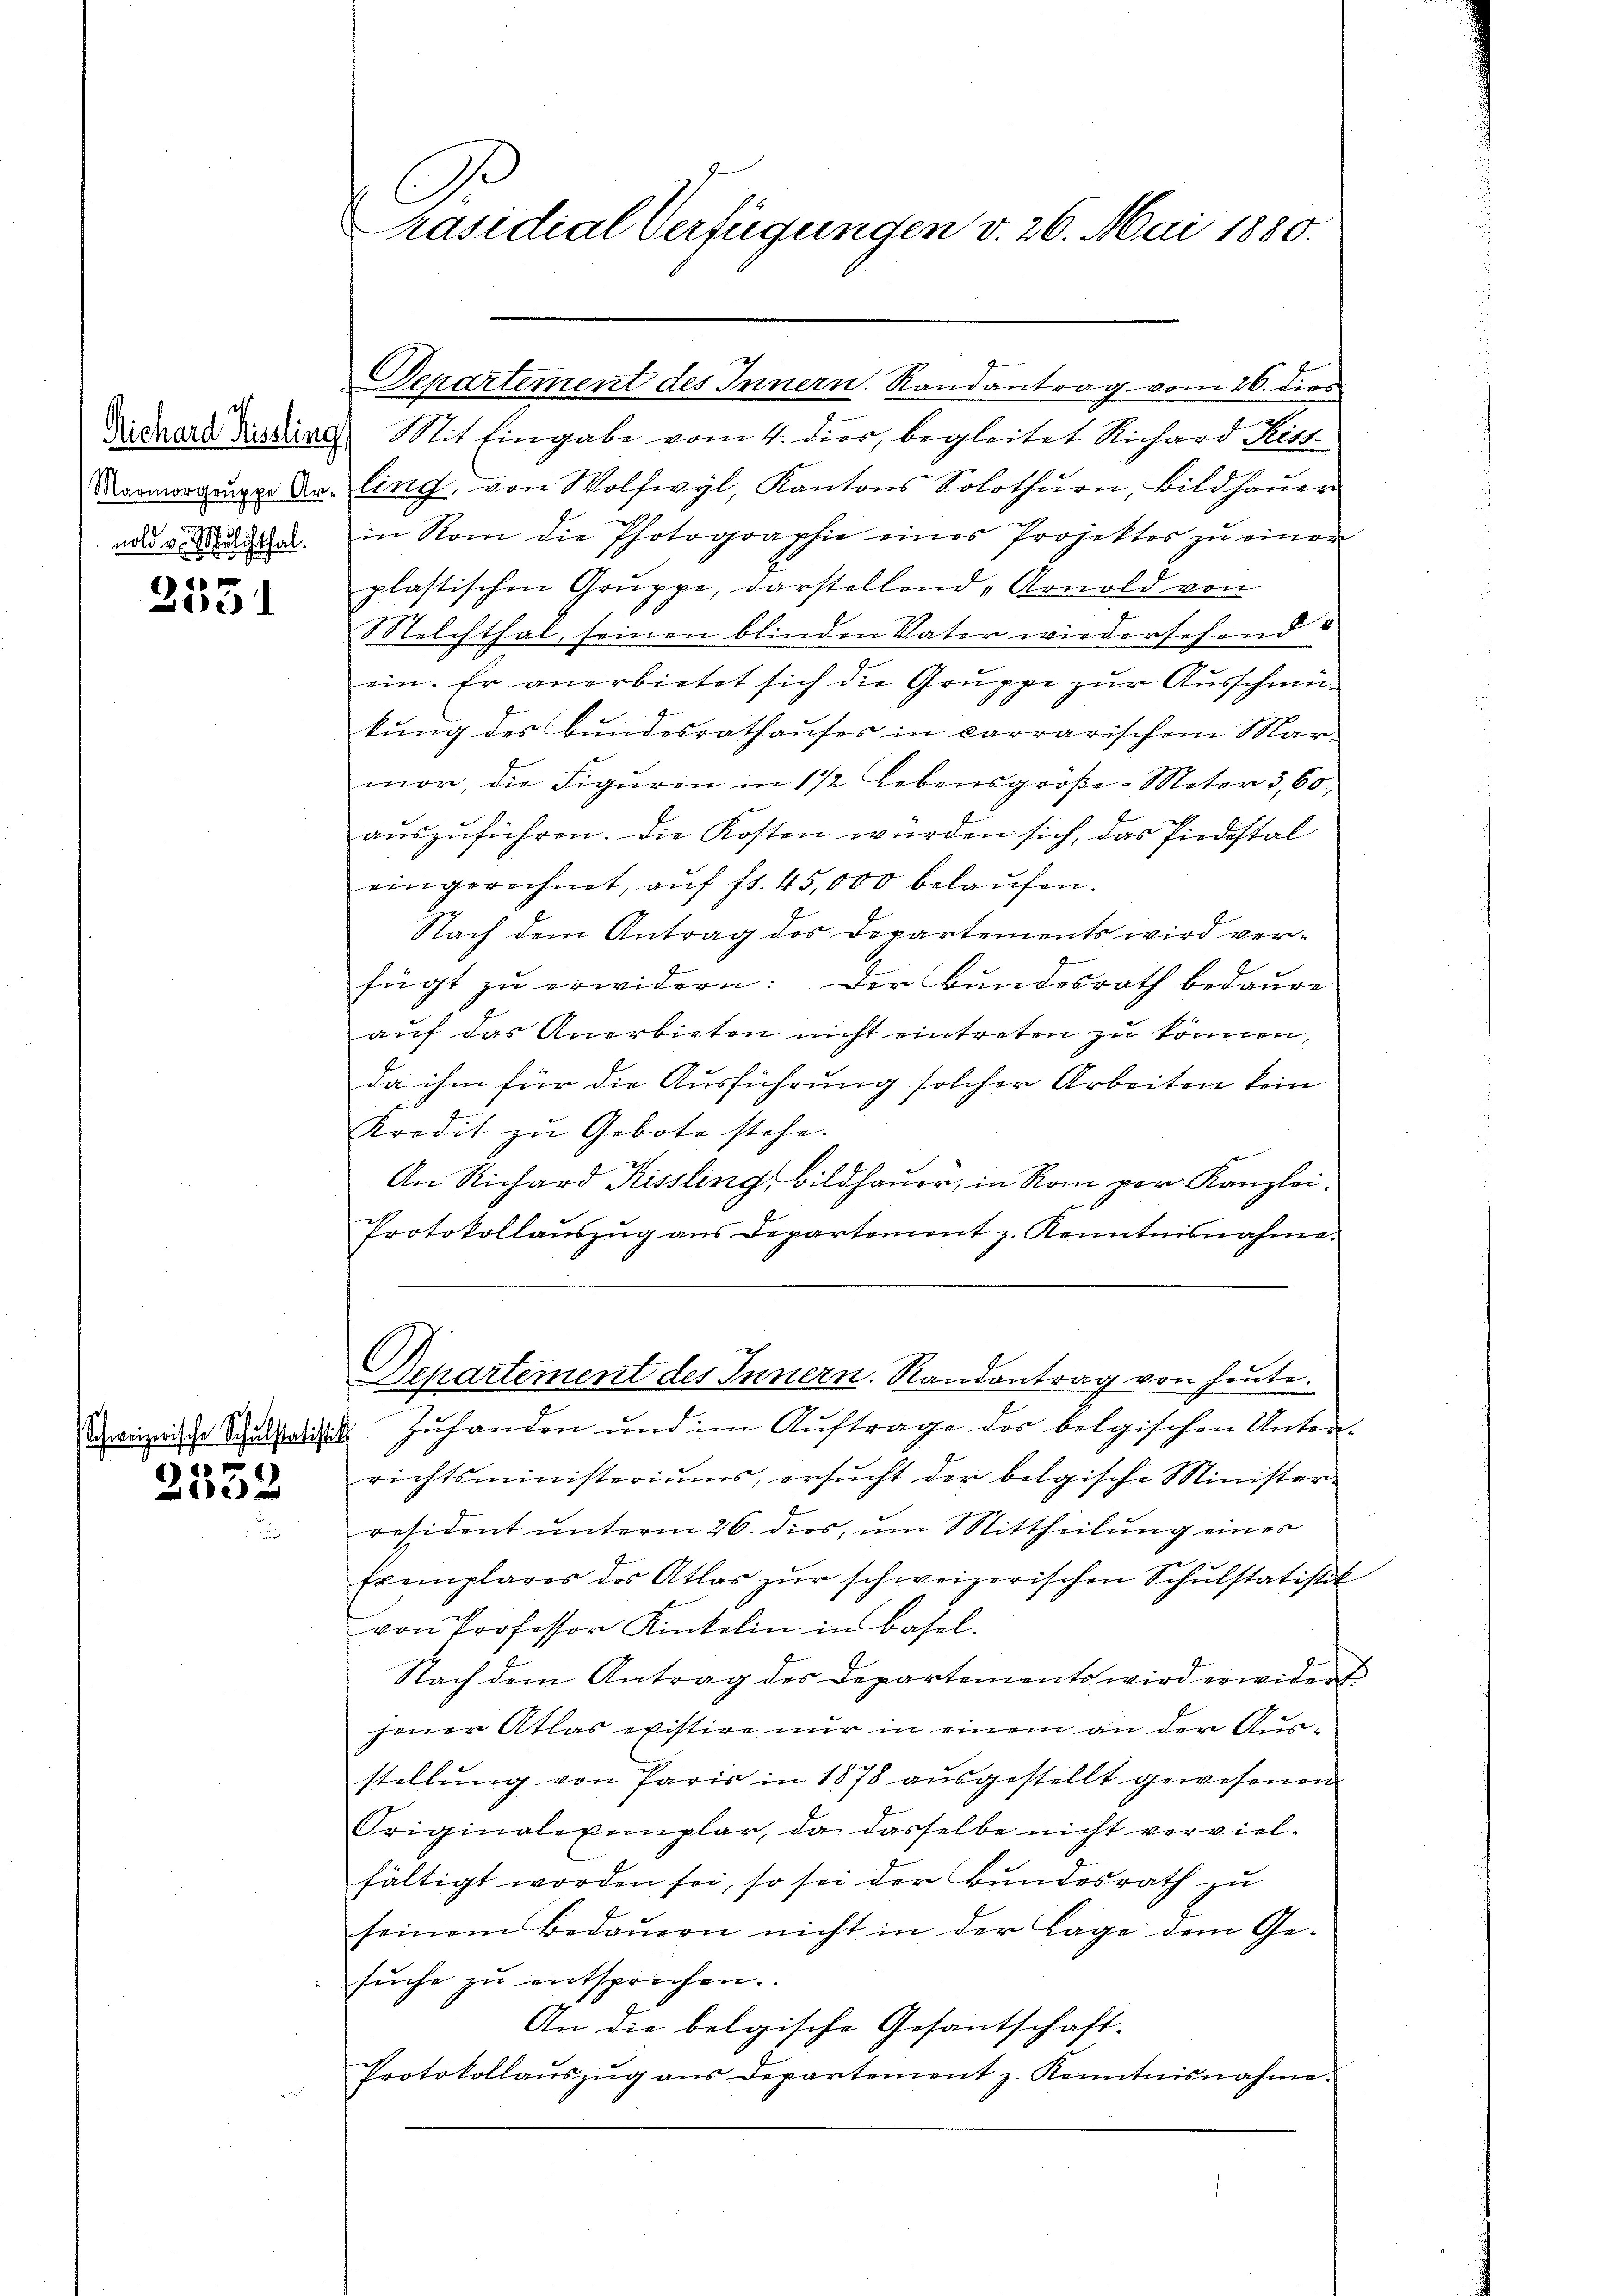
.

2551

Schweizerische Schulstatistik

)
2 x

Michard die die Mit Eingabe vom 4. dies, begleitet Richard Leist¬
Marmorgenger Dr. ling, von Wolfwyl, Kantons Solothurn, Bildhaŭer
ade v. a. in Rom die Photographie eines Projektes zu einer
plastischen Gruppe, darstellend „Arnold von
Welchthal, seinen blinden Vater wiedersehend
ein. Er anerbietet sich die Gruppe zur Ausschmükung des Bundesrathauses in carrarischem Marmor, die Figuren in 1 1/2 Lebensgroße Meter 3,60,
auszuführen. Die Kosten würden sich, das Piodistal
eingerechnet, aŭf fr. 45,000 belaŭfen.
Nach dem Antrag des Departements wird verfügt zu erwidern: Der Bundesrath bedaure
auf das Anerbieten nicht eintreten zu können,
da ihm für die Ausführung solcher Arbeiten kein
Kredit zu Gebote stehe.
An Richard Kissling bildhauer, in Rom per Kanzlei-
Protokollauszug aus Departement z. Kenntnisnahme.
Departement des Innern. Randantrag von heute.
Zuhanden und im Auftrage des belgischen Unterrichtsministeriums, ersucht der belgische Ministerresident unterm 26. dos, um Mittheilung eines
Exemplares des Atlas zur schweizerischen Schulstatistik
von Professor Kinkelin in Basel.
Nach dem Antrag des Departements wird erwidert.
sener Atlas existire nur in einem an der Ausstellung von Paris in 1878 ausgestellt gewesenen
Originalexemplar, da dasselbe nicht vervielfältigt worden sei, so sei der Bundesrath zu
seinem Bedauern nicht in der Lage dem Ge-
sŭche zŭ entsprechen.
An die belgische Gesantschaft-
Protokollauszug aus Departement z. Kenntnisnahme.

C
räsidial-Verfügungen v. 26. Mai 1880.

Departement des Innern. Randantrag vom 26. dies

D